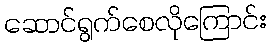
ဆောင်ရွက်စေလိုကြောင်း